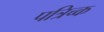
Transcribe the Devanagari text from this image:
पत्रिच्क